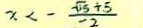
x < - \frac { \sqrt { 5 } + 5 } { - 2 }